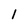
Character: 1